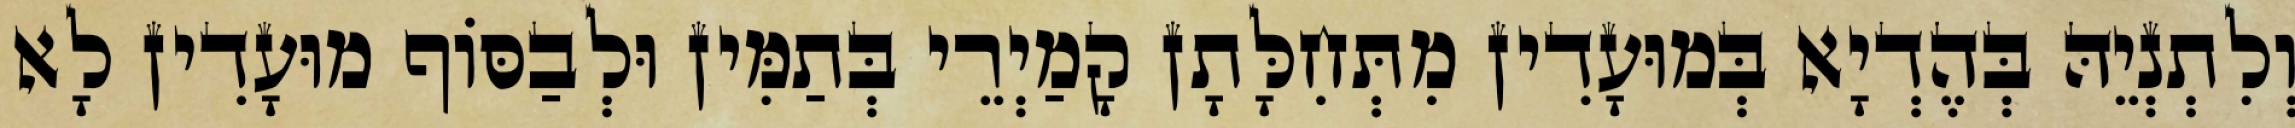
וְלִתְנְיֵהּ בְּהֶדְיָא בְּמוּעָדִין מִתְּחִלָּתָן קָמַיְרֵי בְּתַמִּין וּלְבַסּוֹף מוּעָדִין לָא